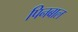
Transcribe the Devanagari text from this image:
पिनबाल